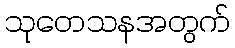
သုတေသနအတွက်